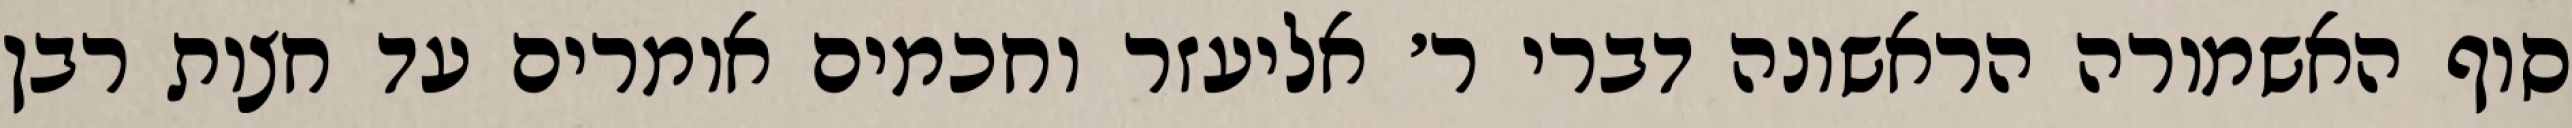
סוף האשמורה הראשונה דברי ר׳ אליעזר וחכמים אומרים עד חצות רבן